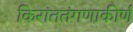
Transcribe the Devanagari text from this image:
किरांततंगणाकीर्ण